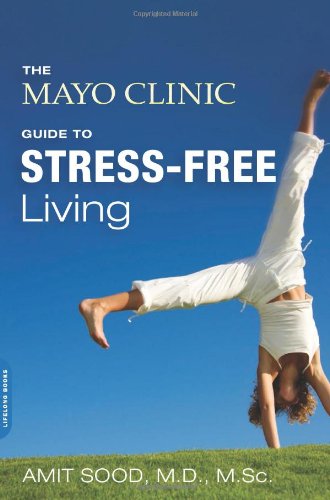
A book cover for The Mayo Clinic Guide to Stress-Free Living; Amit Sood MD; Self-Help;